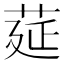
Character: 莚